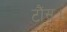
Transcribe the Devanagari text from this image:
टौंस।